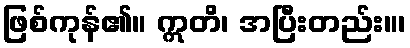
ဖြစ်ကုန်၏။ ဣတိ၊ အပြီးတည်း။၊